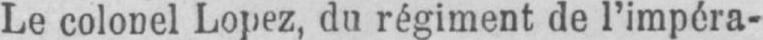
Le colonel Lopez, du régiment de l’impéra-